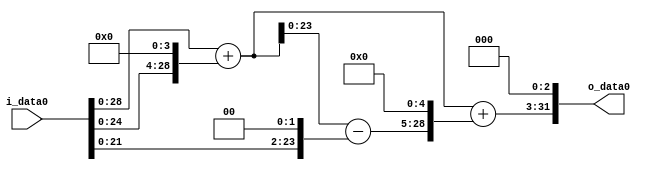
module multiplier_block_75 (
    i_data0,
    o_data0
);
  input   [31:0] i_data0;
  output  [31:0]
    o_data0;
  wire [31:0]
    w1,
    w16,
    w17,
    w4,
    w13,
    w416,
    w433,
    w3464;
  assign w1 = i_data0;
  assign w13 = w17 - w4;
  assign w16 = w1 << 4;
  assign w17 = w1 + w16;
  assign w3464 = w433 << 3;
  assign w4 = w1 << 2;
  assign w416 = w13 << 5;
  assign w433 = w17 + w416;
  assign o_data0 = w3464;
endmodule